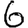
Digit: 6